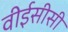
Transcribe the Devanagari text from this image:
वीईसीसी